Code of medical and sanitary regulations for the guidance of medical officers serving in the Madras Presidency - Volume I
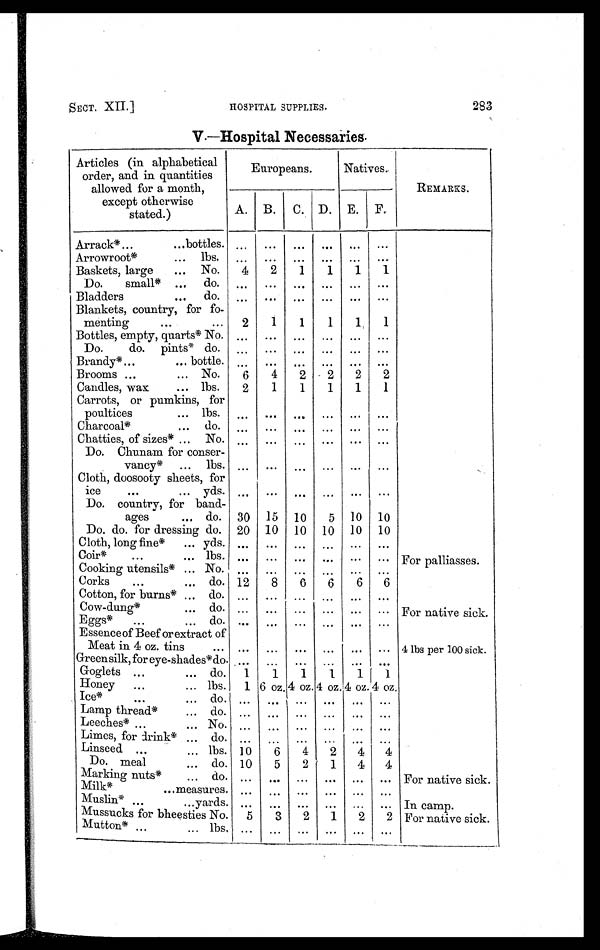
283
SECT. XII.]
HOSPITAL SUPPLIES.
V.—Hospital Necessaries.
Articles (in alphabetical
order, and in quantities
allowed for a month,
except otherwise
stated.)
Europeans.
Natives.
REMARKS.
A. B.
C. D. E.
F.
Arrack* ...
... bottles. ...
...
...
...
...
...
Arrowroot*
... lbs.
...
. . . ...
. . .
...
. . .
Baskets, large
... No.
4
2
1
1
1
1
Do. small* ...
do.
...
...
...
. . .
...
. . .
Bladders
...
do.
. . .
. . . ...
. . . ...
. . .
Blankets, country, for fo-
menting
. . .
...
2
1
1
1
1
1
Bottles, empty, quarts* No. ...
...
...
...
...
...
Do. do. pints* do.
. . .
. . .
...
. . .
...
...
Brandy* ...
... bottle. ...
...
...
...
...
...
Brooms ...
... No.
6
4
2
2
2
2
Candles, wax
... lbs.
2
1
1
1
1
1
Carrots, or pumkins, for
poultices
... lbs.
. . .
. . .
...
. . . ...
. . .
Charcoal*
... do.
. . .
. . .
...
. . . ...
...
Chatties, of sizes* ... No. ...
...
...
...
...
...
Do. Chunam for conser-
vancy*
... lbs. ...
...
...
...
...
...
Cloth, doosooty sheets, for
ice
. . .
. . .
y d s .
. . .
. . . ...
. . . ...
. . .
Do. country, for band-
ages
. . . do. 30
15 10
5 10 10
Do. do. for dressing do. 20 10 10 10
10
10
Cloth, long fine*
... yds. ...
...
...
...
...
...
Coir*
. . .
. . .
l b s .
. . .
. . . ...
. . . ...
. . . For palliasses.
Cooking utensils* ... No. ...
...
...
. . .
...
...
Corks
. . .
... do. 12
8
6
6
6
6
Cotton, for burns* ... do.
. . .
. . .
...
. . . ... ...
Cow-dung*
... do.
. . .
. . .
...
. . .
...
. . . For native sick.
Eggs*
...
. . .
d o .
. . .
. . . ...
. . . ...
. . .
Essence of Beef or extract of
Meat in 4 oz. tins
... ...
...
...
...
...
... 4 lbs per 100 sick.
Green silk, for eye-shades* do.
. . .
. . . ...
. . . ...
. . .
Goglets ...
... do.
1
1
1
1
1
1
Honey
. . .
... lbs.
1 6 oz. 4 oz. 4 oz. 4 oz. 4 oz.
Ice*
. . .
. . .
d o .
. . .
. . . ...
. . .
...
. . .
Lamp thread*
. . .
d o .
. . .
. . . ...
. . .
...
. . .
Leeches* ...
. . .
N o .
. . .
. . . ...
. . .
...
. . .
Limes, for drink* ... do.
. . .
...
. . . ...
...
. . .
Linseed ...
... lbs. 10
6
4
2
4
4
Do. meal
... do. 10
5
2
1
4
4
Marking nuts*
... do. ...
...
...
...
...
... For native sick.
Milk*
... measures.
. . .
. . .
. . .
. . .
... ...
Muslin* ...
. . .
y a r d s .
. . .
...
...
. . . ...
. . . In camp.
Mussucks for bheesties No.
5
3
2
1
2
2 For native sick.
Mutton* ...
. . .
l b s .
. . .
. . .
...
. . .
...
. . .